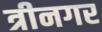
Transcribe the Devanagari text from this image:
त्रीनगर